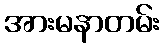
အားမနာတမ်း